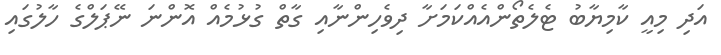
އަދި މިއީ ކާމިޔާބު ޓެލެތޯންއެއްކަމަށާ ދިވެހިންނާއި ގާތް ގުޅުމެއް އޮންނަ ނޭޕަލްގެ ހާލުގައި